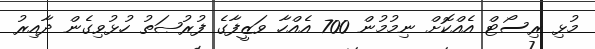
މުޅި ރިސޯޓް އެއްކޮށް ނިމުމުން 700 އެއްހާ ވަޒީފާގެ ފުރުޞަތު ހުޅުވިގެން ދާއިރު